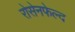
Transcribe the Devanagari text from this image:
रोसेनफेल्द